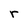
Character: r